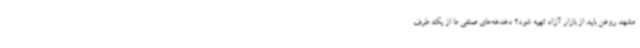
مشهد روغن باید از بازار آزاد تهیه شود؟ دغدغه‌های صنفی ما از یک طرف